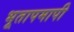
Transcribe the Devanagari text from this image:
भूतापमापी